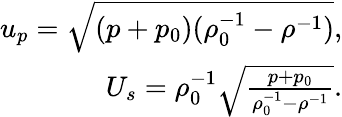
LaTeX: \begin{array}{r}{u_{p}=\sqrt{(p+p_{0})(\rho_{0}^{-1}-\rho^{-1})},}\\ {U_{s}=\rho_{0}^{-1}\sqrt{\frac{p+p_{0}}{\rho_{0}^{-1}-\rho^{-1}}}.}\end{array}